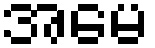
အမေ